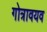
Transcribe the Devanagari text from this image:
गोत्रावयव